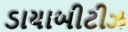
ડાયાબીટીઝ